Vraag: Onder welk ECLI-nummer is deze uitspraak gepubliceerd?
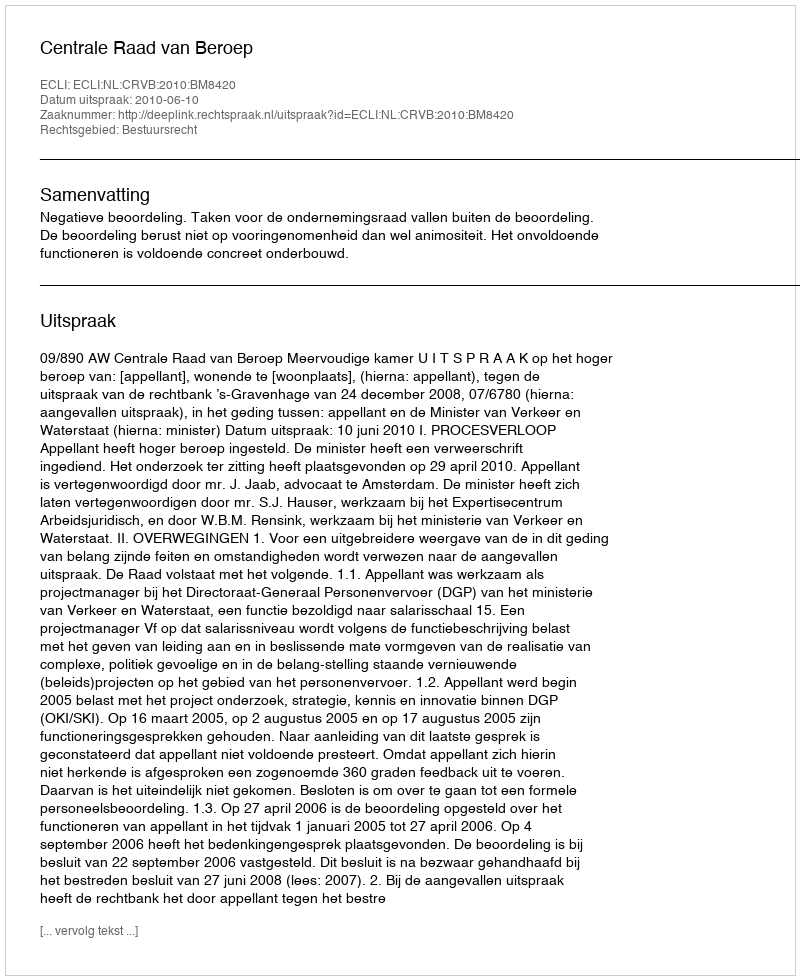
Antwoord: ECLI:NL:CRVB:2010:BM8420